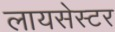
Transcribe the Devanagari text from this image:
लायसेस्टर